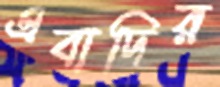
এবাদির